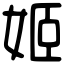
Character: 姬